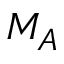
M _ { A }